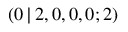
( 0 \, | \, 2 , 0 , 0 , 0 ; 2 )